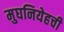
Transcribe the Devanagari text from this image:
मुघनियेहची